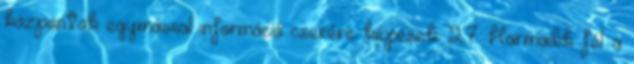
központok egymással információ cserére képesek. 2.7. Harmadik fél: a